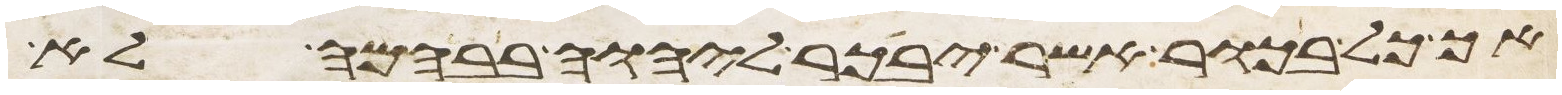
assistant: אך כל בכור אשר יבכר ליהוה בבהמה לא